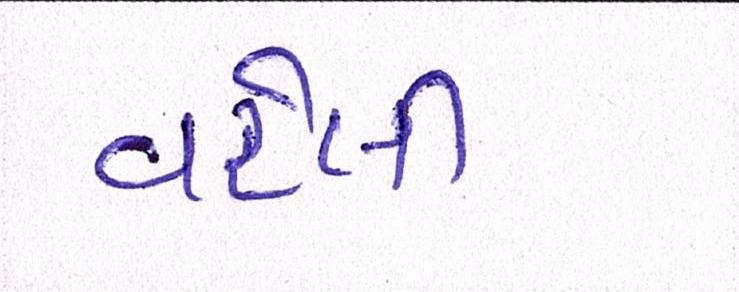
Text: વરેલી